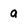
Character: a